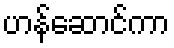
ဟန်ဆောင်ကာ